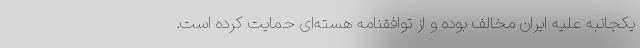
یکجانبه علیه ایران مخالف بوده و از توافقنامه هسته‌ای حمایت کرده است.